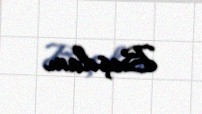
Beşdam